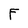
Character: F